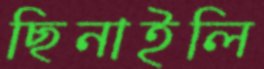
ছিনাইলি